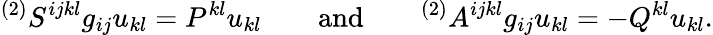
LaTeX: {}^{(2)}S^{ijkl}g_{ij}u_{kl}=P^{kl}u_{kl}\qquad\mathrm{and}\qquad{}^{(2)}A^{ijkl}g_{ij}u_{kl}=-Q^{kl}u_{kl}.